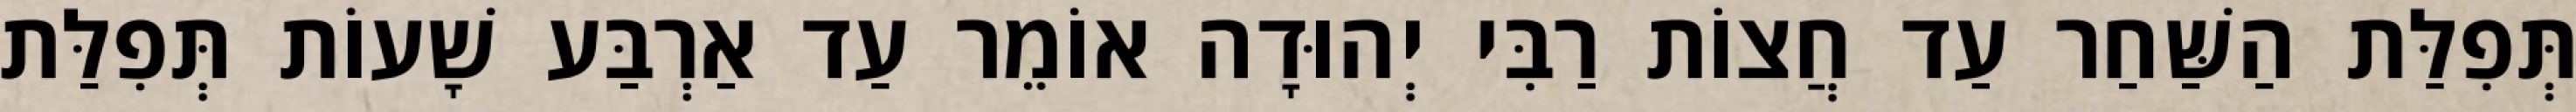
תְּפִלַּת הַשַּׁחַר עַד חֲצוֹת רַבִּי יְהוּדָה אוֹמֵר עַד אַרְבַּע שָׁעוֹת תְּפִלַּת